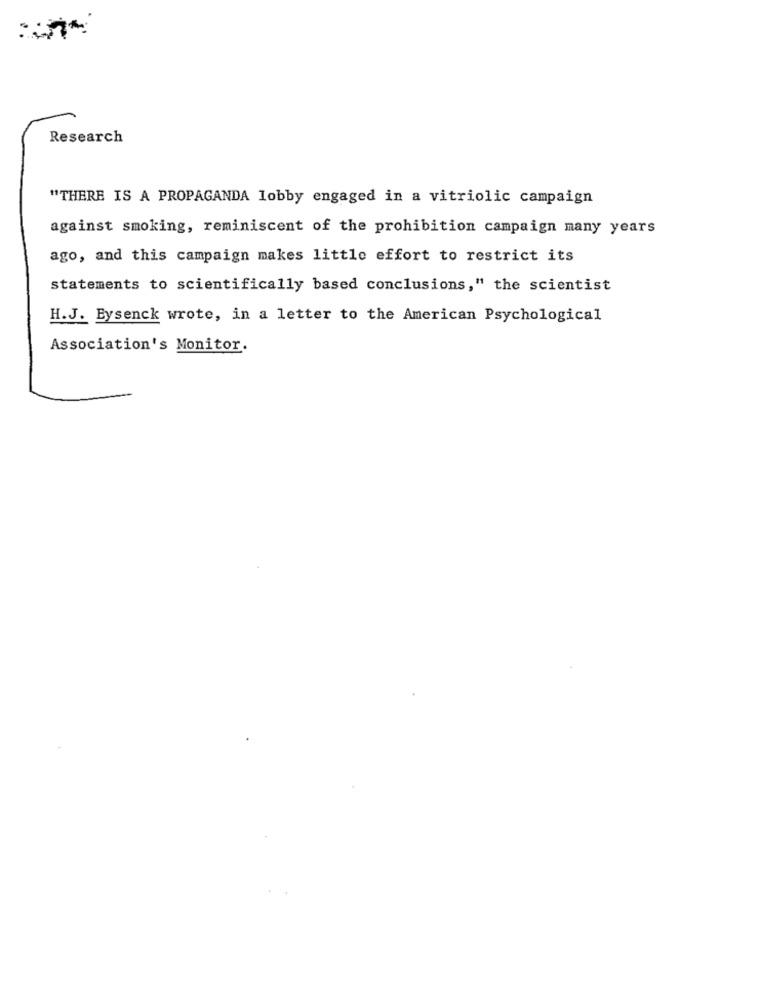
Research
"THERE IS A PROPAGANDA lobby engaged in a vitriolic campaign
against smoking, reminiscent of the prohibition campaign many years
ago, and this campaign makes little effort to restrict its
statements to scientifically based conclusions," the scientist
H.J. Eysenck wrote, in a letter to the American Psychological
Association's Monitor.